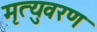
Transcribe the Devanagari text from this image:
मृत्युवरण